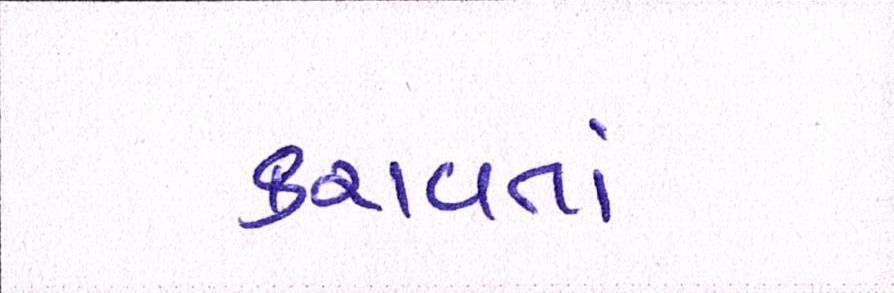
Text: કરાવતાં